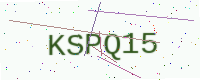
Text: KSPQ15